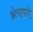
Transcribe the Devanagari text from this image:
झेपावणे